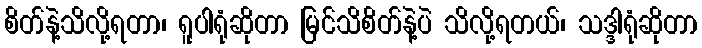
စိတ်နဲ့သိလို့ရတာ၊ ရူပါရုံဆိုတာ မြင်သိစိတ်နဲ့ပဲ သိလို့ရတယ်၊ သဒ္ဒါရုံဆိုတာ